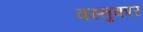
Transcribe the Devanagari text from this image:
वस्तुकार